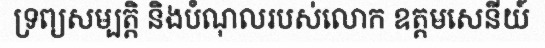
ទ្រព្យសម្បត្តិ និងបំណុលរបស់លោក ឧត្តមសេនីយ៍